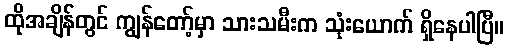
ထိုအချိန်တွင် ကျွန်တော့်မှာ သားသမီးက သုံးယောက် ရှိနေပါပြီ။